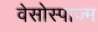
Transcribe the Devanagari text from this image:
वेसोस्पाज्म